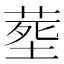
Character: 塟